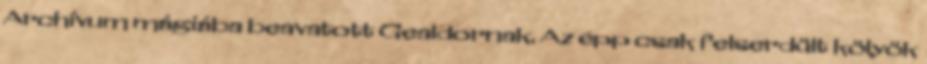
Archívum mágiába beavatott Gealdornak. Az épp csak felserdült kölyök